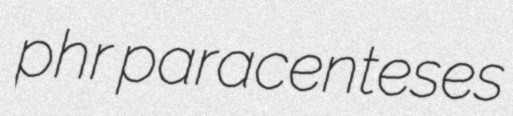
phr paracenteses